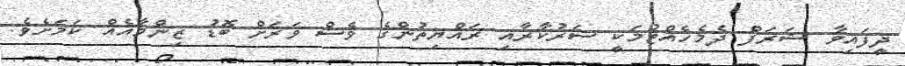
ދީފައިވާ ޝަރަފް ދެމެހެއްޓުމަކީ ސަރުކާރާއި ރައްޔިތުންގެ ވެސް ވަރަށް ބޮޑު ޒިންމާއެއް ކަމަށެވެ.